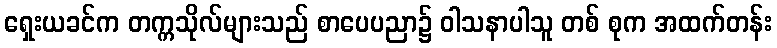
ရှေးယခင်က တက္ကသိုလ်များသည် စာပေပညာ၌ ဝါသနာပါသူ တစ် စုက အထက်တန်း